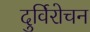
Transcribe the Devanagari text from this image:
दुर्विरोचन